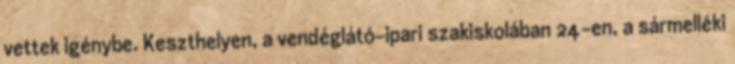
vettek igénybe. Keszthelyen, a vendéglátó-ipari szakiskolában 24-en, a sármelléki